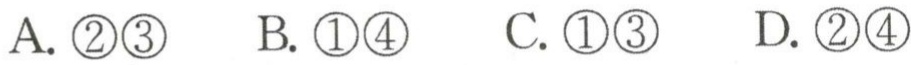
A. \textcircled{2}\textcircled{3}  B. \textcircled{1}\textcircled{4}  C. \textcircled{1}\textcircled{3}  D. \textcircled{2}\textcircled{4}